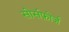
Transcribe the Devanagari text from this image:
सोर्सफ़ोर्ज